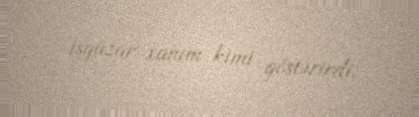
işgüzar xanım kimi göstərirdi.